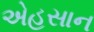
એહસાન